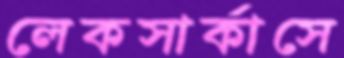
লেকসার্কাসে